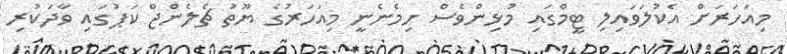
މިއަހަރަށް އެކުލަވައިލި ޓީމްގައި މުޅިންވެސް ހިމެނެނީ މިއަހަރުގެ ޔޫތު ޗެލެންޖް ކަޕުގައި ވާދަކުރި